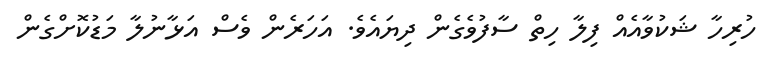
ހުރިހާ ޝަކުވާއެއް ފިލާ ހިތް ސާފުވެގެން ދިޔައެވެ. އަހަރެން ވެސް އަޅާނުލާ މަޑުކޮށްގެން